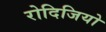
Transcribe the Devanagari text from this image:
रोदिजियो